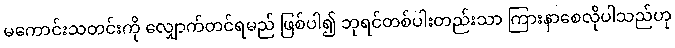
မကောင်းသတင်းကို လျှောက်တင်ရမည် ဖြစ်ပါ၍ ဘုရင်တစ်ပါးတည်းသာ ကြားနာစေလိုပါသည်ဟု